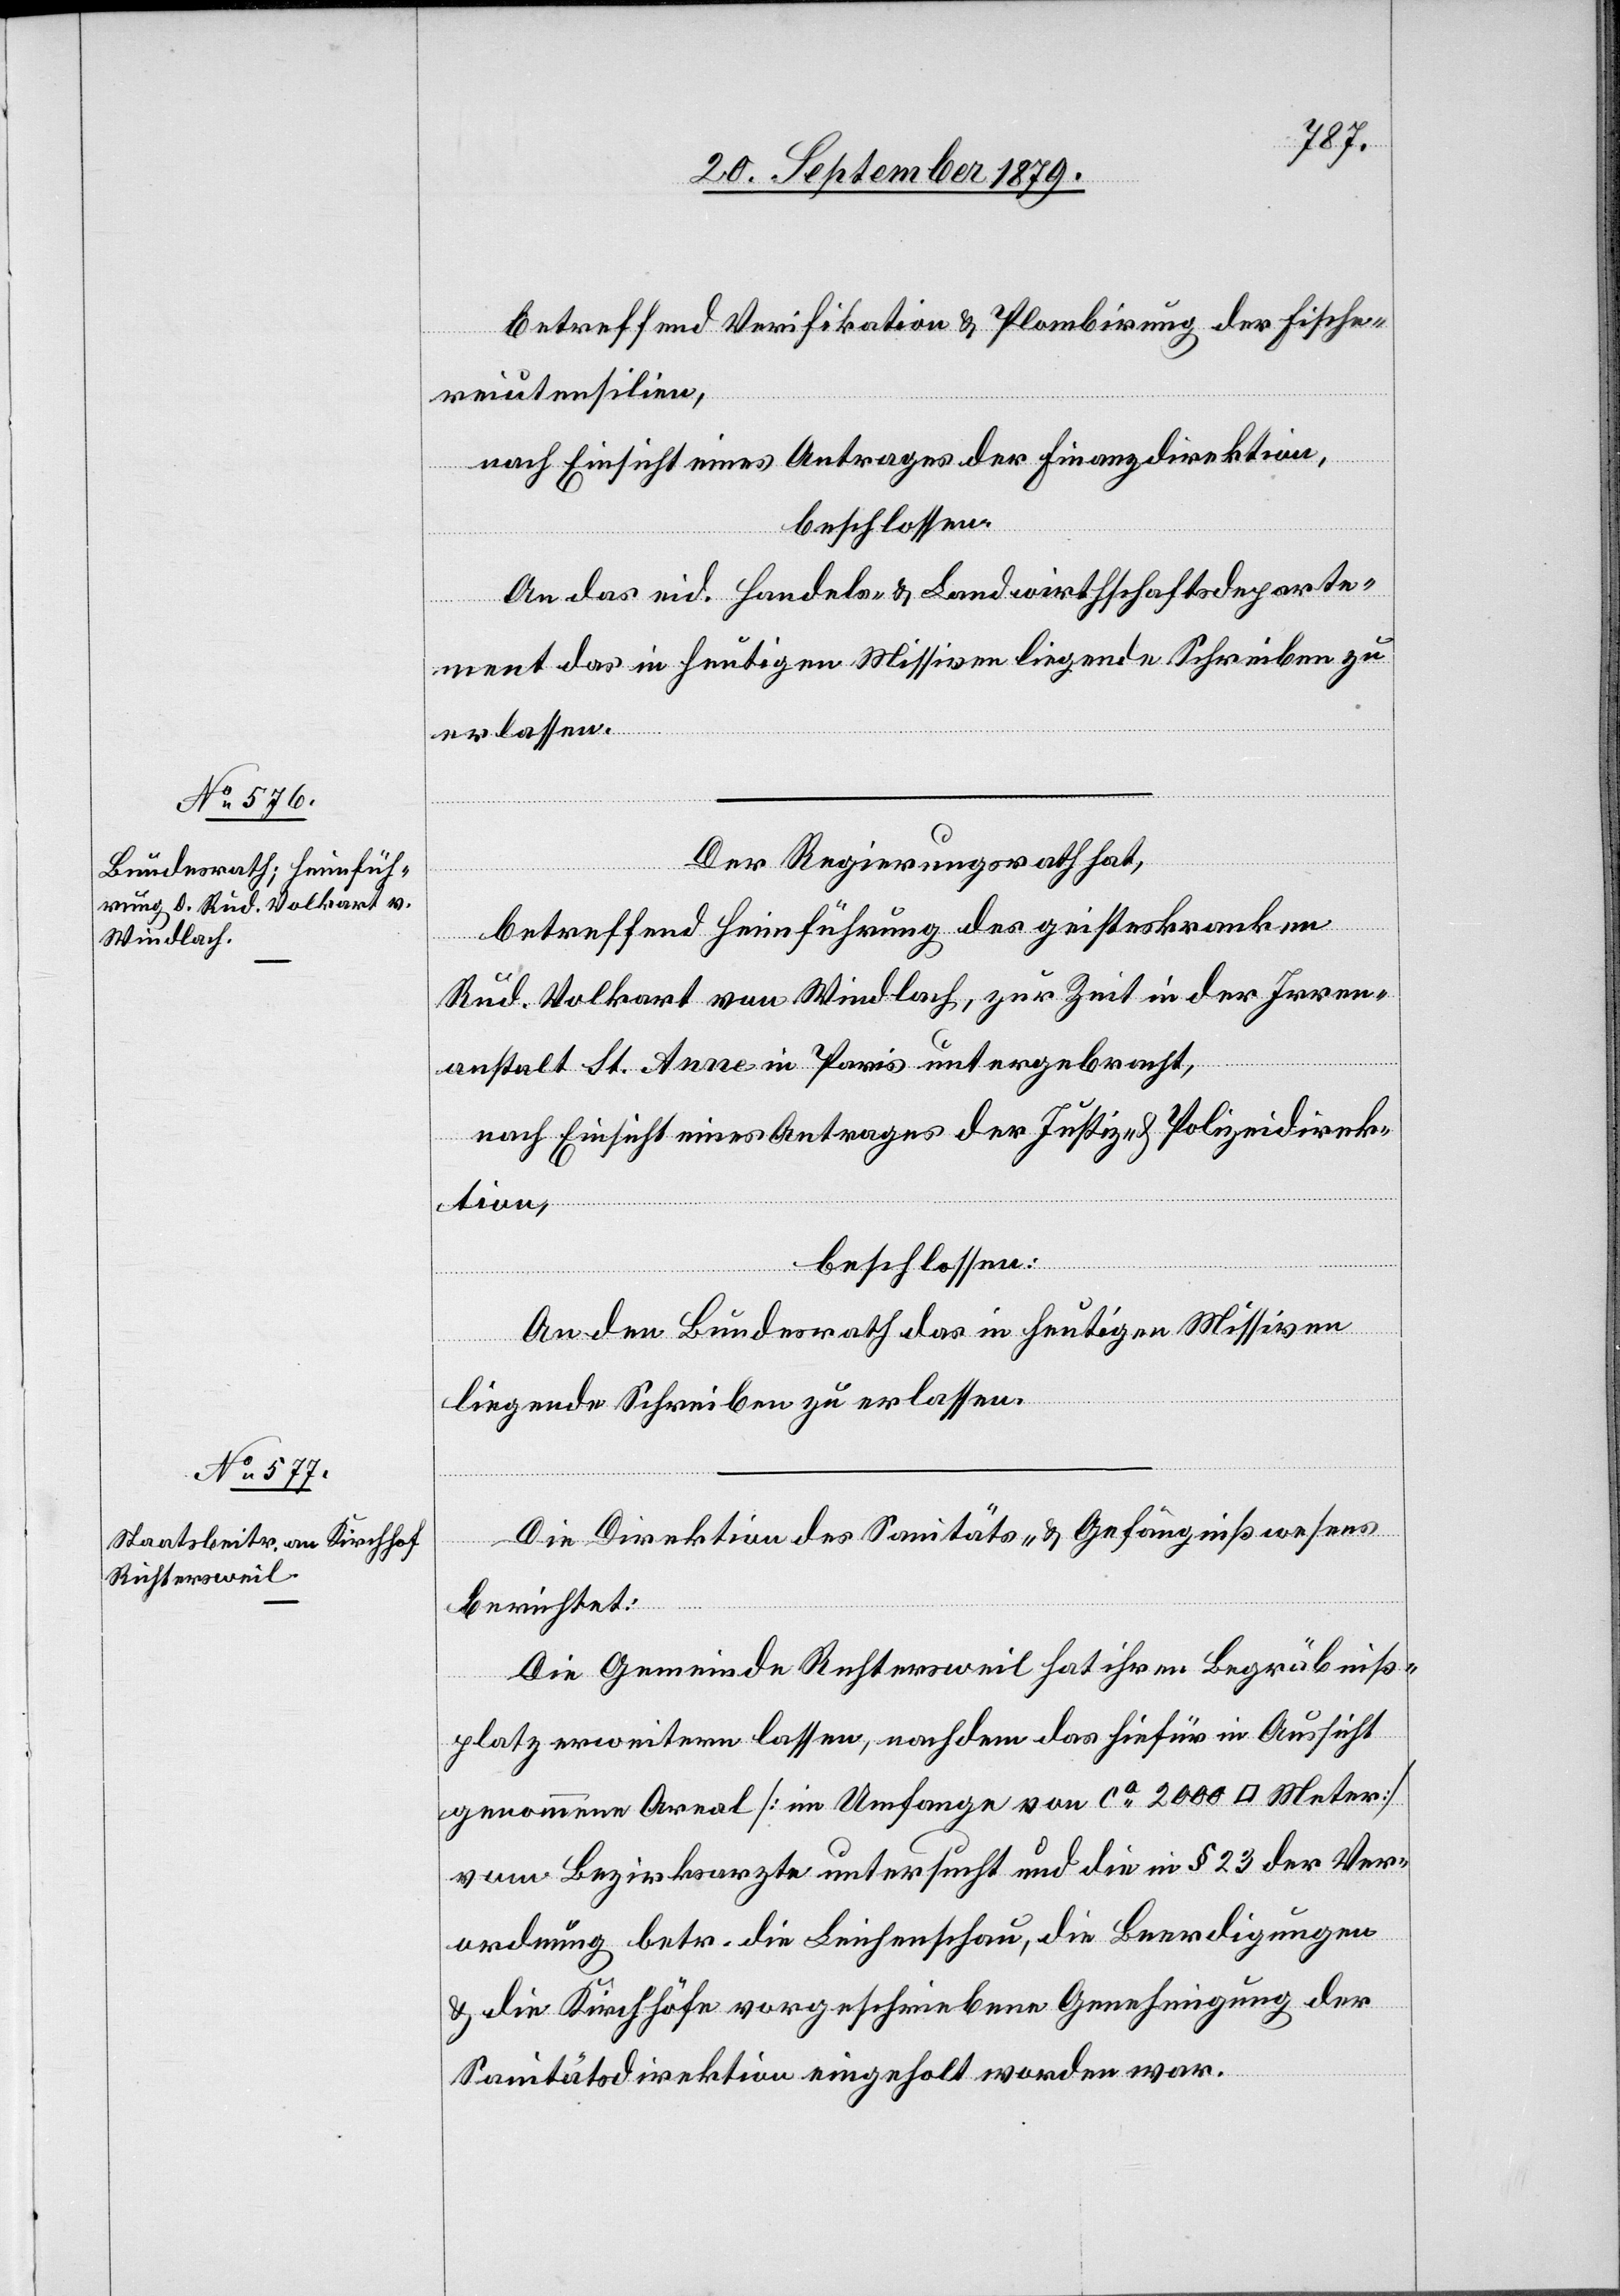
betreffend Verifikation & Plombirung der Fische¬
reiutensilien,
nach Einsicht eines Antrages der Finanzdirektion,
beschlossen:
An das eid. Handels- & Landwirthschaftsdeparte¬
ment das in heutigen Missiven liegende Schreiben zu
erlassen.
Der Regierungsrath hat,
betreffend Heimführung des geisteskranken
Rud. Volkart von Windlach, zur Zeit in der Irren¬
anstalt St. Anne in Paris untergebracht,
nach Einsicht eines Antrages der Justiz- & Polizeidirek¬
tion,
beschlossen:
An den Bundesrath das in heutigen Missiven
liegende Schreiben zu erlassen.
Die Direktion des Sanitäts- & Gefängnißwesens
berichtet:
Die Gemeinde Richtersweil hat ihren Begräbniß¬
platz erweitern lassen, nachdem das hiefür in Aussicht
genommene Areal [im Umfange von ca 2000 [Quadrat] Meter]
vom Bezirksarzte untersucht und die in § 23 der Ver¬
ordnung betr. die Leichenschau, die Beerdigungen
& die Kirchhöfe vorgeschriebene Genehmigung der
Sanitätsdirektion eingeholt worden war.